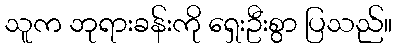
သူက ဘုရားခန်းကို ရှေးဦးစွာ ပြသည်။